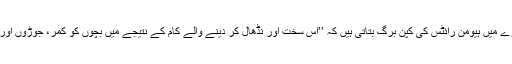
ان بچوں کی صحت کے بارے میں ہیومن رائٹس کی کِپن برگ بتاتی ہیں کہ ’’اس سخت اور نڈھال کر دینے والے کام کے نتیجے میں بچوں کو کمر، جوڑوں اور سر میں شدید درد رہتا ہے۔